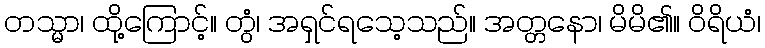
တသ္မာ၊ ထို့ကြောင့်။ တွံ၊ အရှင်ရသေ့သည်။ အတ္တနော၊ မိမိ၏။ ဝိရိယံ၊